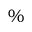
\%